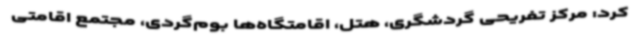
کرد: مرکز تفریحی گردشگری، هتل، اقامتگاه‌ها بوم‌گردی، مجتمع اقامتی